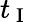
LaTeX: t_{\mathrm{~I~}}